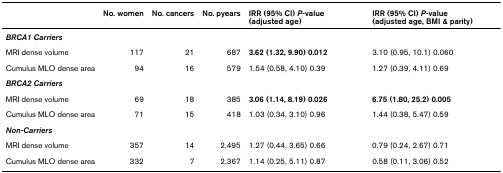
|  | No. women | No. cancers | No. pyears | IRR (95% CI) P-value (adjusted age) | IRR (95% CI) P-value (adjusted age, BMI & parity) |
 | --- | --- | --- | --- | --- | --- |
 | <COLSPAN=6> BRCA1 Carriers |
 | MRI dense volume | 117 | 21 | 687 | 3.62 (1.32, 9.90) 0.012 | 3.10 (0.95, 10.1) 0.060 |
 | Cumulus MLO dense area | 94 | 16 | 579 | 1.54 (0.58, 4.10) 0.39 | 1.27 (0.39, 4.11) 0.69 |
 | <COLSPAN=6> BRCA2 Carriers |
 | MRI dense volume | 69 | 18 | 385 | 3.06 (1.14, 8.19) 0.026 | 6.75 (1.80, 25.2) 0.005 |
 | Cumulus MLO dense area | 71 | 15 | 418 | 1.03 (0.34, 3.10) 0.96 | 1.44 (0.38, 5.47) 0.59 |
 | <COLSPAN=6> Non-Carriers |
 | MRI dense volume | 357 | 14 | 2,495 | 1.27 (0.44, 3.65) 0.66 | 0.79 (0.24, 2.67) 0.71 |
 | Cumulus MLO dense area | 332 | 7 | 2,367 | 1.14 (0.25, 5.11) 0.87 | 0.58 (0.11, 3.06) 0.52 |